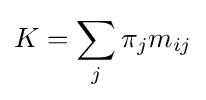
K=\sum _{j}\pi _{j}m_{ij}